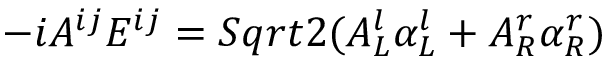
- i A ^ { i j } E ^ { i j } = S q r t { 2 } ( A _ { L } ^ { l } \alpha _ { L } ^ { l } + A _ { R } ^ { r } \alpha _ { R } ^ { r } )